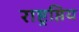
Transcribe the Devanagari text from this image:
राष्ट्रप्तिय